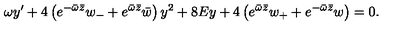
\omega y ^ { \prime } + 4 \left( e ^ { - \bar { \omega } \bar { z } } w _ { - } + e ^ { \bar { \omega } \bar { z } } \bar { w } \right) y ^ { 2 } + 8 E y + 4 \left( e ^ { \bar { \omega } \bar { z } } w _ { + } + e ^ { - \bar { \omega } \bar { z } } w \right) = 0 .